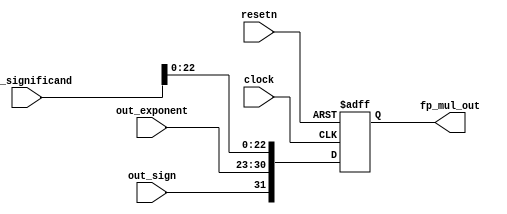
`timescale 1ns / 1ps
//////////////////////////////////////////////////////////////////////////////////
// Company: 
// Engineer: 
// 
// Design Name: 
// Module Name:    result_status 
// Project Name: 
// Target Devices: 
// Tool versions: 
// Description: 
//
// Dependencies: 
//
// Revision: 
// Revision 0.01 - File Created
// Additional Comments: 
//
//////////////////////////////////////////////////////////////////////////////////
module result_status(clock, resetn, out_sign, out_exponent, out_significand, fp_mul_out);
	input clock,resetn;
	
	input out_sign;
	input [7:0] out_exponent;
	input [23:0] out_significand;
	
	output reg [31:0] fp_mul_out;

	always@(posedge clock, negedge resetn) begin
		if(!resetn) begin
			fp_mul_out <= 0;
		end
		else begin
			fp_mul_out <= {out_sign, out_exponent, out_significand[22:0]};
		end
	end

endmodule